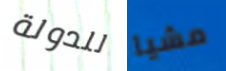
للدولة مشيا